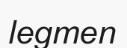
legmen